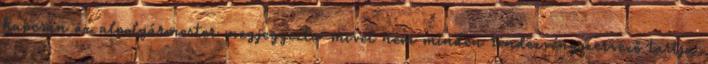
kapcsán az alpolgármester megjegyezte: mivel nem minden rendezvényszervező tartja